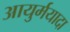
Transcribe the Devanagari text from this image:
आयुर्मयादा